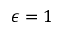
\epsilon = 1